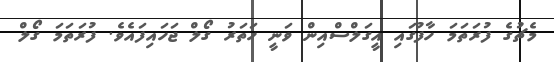
މެޗުގެ ފުރަތަމަ ހާފުގައި އީގަލްސްއިން ވަނީ ހަތަރު ގޯލް ޖަހައިފައެވެ. ފުރަތަމަ ގޯލް